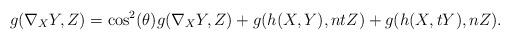
LaTeX: \begin{align*}g(\nabla_{X}Y,Z)= \cos^{2}(\theta)g(\nabla_{X}Y, Z)+g(h(X,Y), ntZ)+g(h(X,tY), nZ).\end{align*}